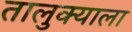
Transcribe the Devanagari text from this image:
तालुक्‍याला